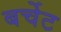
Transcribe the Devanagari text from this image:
बर्चेट